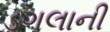
ડગલાની